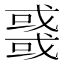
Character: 𢨋